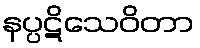
နပ္ပဋိသေဝိတာ